system: You are a helpful assistant.
user:
Analyze the provided spectrum to determine if it is a **"Cataclysmic Variables (CV)"**.

- **Key Indicators for CV (Check for either state):**
    - **State 1: Quiescent / Low-State (Emission-Dominated)**
        - **(Primary):** Strong and *very broad* Hydrogen Balmer emission lines (e.g., $H\alpha$ at 6563 Å, $H\beta$ at 4861 Å). The 'broadness' (high velocity dispersion, often FWHM > 1000 km/s) is the key diagnostic, indicating a high-velocity accretion disk.
        - **(Secondary):** Broad neutral Helium (He I) emission lines (e.g., 5876 Å, 6678 Å).
        - **(Key Confirmation):** Presence of high-excitation *ionized* Helium (He II) emission at 4686 Å. This is a strong indicator of accretion onto a white dwarf.
        - **(Line Profile):** Emission lines may exhibit a 'double-peaked' profile, which is a classic signature of a rotating accretion disk viewed at high inclination.

    - **State 2: Outburst / High-State (Absorption-Dominated)**
        - **(Primary):** Spectrum is dominated by a bright, blue continuum (looks like a hot star).
        - **(Secondary):** The emission lines from State 1 are weak, absent, or 'filled in', and are replaced by broad, shallow *absorption* lines (primarily Balmer and He I).
        - **(Morphology):** The overall spectrum mimics a hot B/A-type star. The crucial difference is that the absorption lines are significantly broader, shallower, and more 'washed-out' (or 'smeared') than the sharp lines of a normal stellar photosphere, due to high rotational speeds and pressure broadening in the disk.

Think first, call **spectral_visualization_tool** if needed to examine features in detail, then provide your final answer. Your response must adhere to the following strict rules:
1.  **Overall Structure:** Your response must follow the format `<think>...</think> <tool_call>...</tool_call> (if a tool is used) <answer>...</answer>`.
2.  **Tool Usage Constraint:** You may only make **one** tool call per turn.
3.  **Final Answer Format:** In the `<answer>` tag, your conclusion must be inside a `\boxed{}` command (e.g., `\boxed{YES}`), followed by your justification.

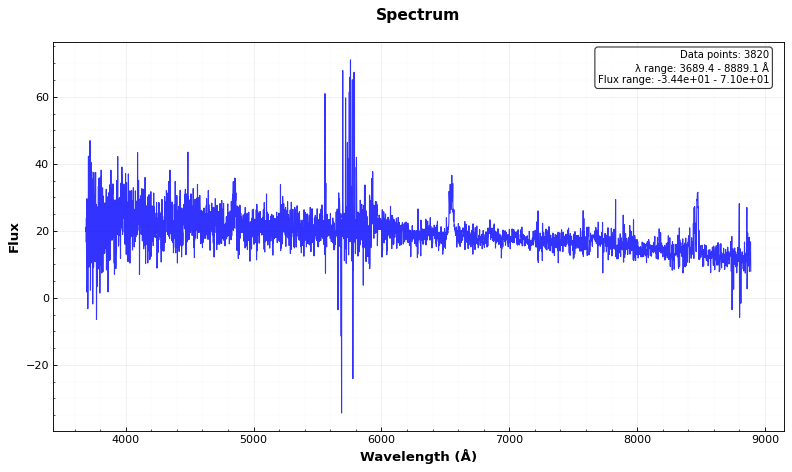
Answer: YES